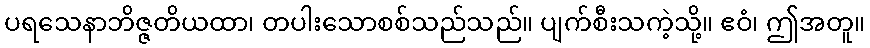
ပရသေနာဘိဇ္ဇတိယထာ၊ တပါးသောစစ်သည်သည်။ ပျက်စီးသကဲ့သို့။ ဧဝံ၊ ဤအတူ။